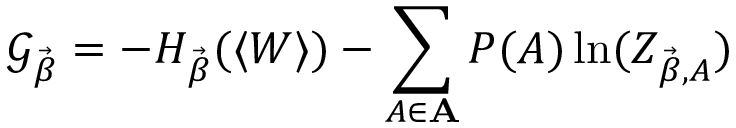
\mathcal { G _ { \Vec { \beta } } } = - H _ { \Vec { \beta } } ( \langle W \rangle ) - \sum _ { A \in \mathbf { A } } P ( A ) \ln ( Z _ { \Vec { \beta } , A } )